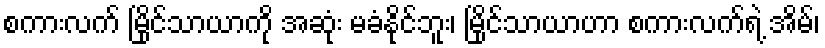
စကားလက် မြိုင်သာယာကို အဆုံး မခံနိုင်ဘူး၊ မြိုင်သာယာဟာ စကားလက်ရဲ့ အိမ်၊